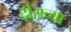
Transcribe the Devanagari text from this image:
दीराच्या